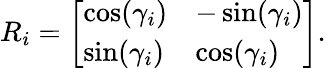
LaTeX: R_{i}={\left[\begin{array}{ll}{\cos(\gamma_{i})}&{-\sin(\gamma_{i})}\\ {\sin(\gamma_{i})}&{\cos(\gamma_{i})}\end{array}\right]}.